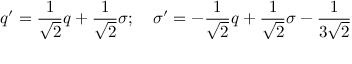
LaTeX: q ^ { \prime } = \frac { 1 } { \sqrt { 2 } } q + \frac { 1 } { \sqrt { 2 } } \sigma ; \quad \sigma ^ { \prime } = - \frac { 1 } { \sqrt { 2 } } q + \frac { 1 } { \sqrt { 2 } } \sigma - \frac { 1 } { 3 \sqrt { 2 } }